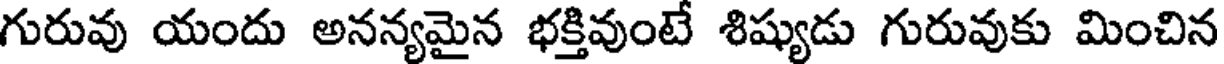
గురువు యందు అనన్యమైన భక్తివుంటే శిష్యుడు గురువుకు మించిన